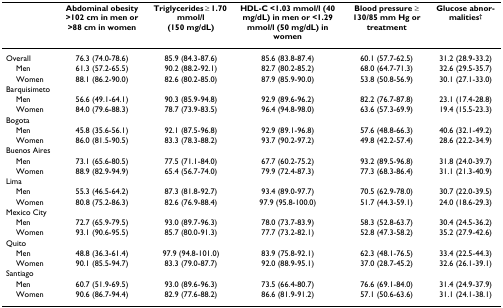
<table><thead><tr><td></td><td><b>Abdominal obesity &gt;102 cm in men or &gt;88 cm in women</b></td><td><b>Triglycerides ≥ 1.70 mmol/l (150 mg/dL)</b></td><td><b>HDL-C &lt;1.03 mmol/l (40 mg/dL) in men or &lt;1.29 mmol/l (50 mg/dL) in women</b></td><td><b>Blood pressure ≥ 130/85 mm Hg or treatment</b></td><td><b>Glucose abnormalities<sup>†</sup></b></td></tr></thead><tbody><tr><td>Overall</td><td>76.3 (74.0-78.6)</td><td>85.9 (84.3-87.6)</td><td>85.6 (83.8-87.4)</td><td>60.1 (57.7-62.5)</td><td>31.2 (28.9-33.2)</td></tr><tr><td> Men</td><td>61.3 (57.2-65.5)</td><td>90.2 (88.2-92.1)</td><td>82.7 (80.2-85.2)</td><td>68.0 (64.7-71.3)</td><td>32.6 (29.5-35.7)</td></tr><tr><td> Women</td><td>88.1 (86.2-90.0)</td><td>82.6 (80.2-85.0)</td><td>87.9 (85.9-90.0)</td><td>53.8 (50.8-56.9)</td><td>30.1 (27.1-33.0)</td></tr><tr><td>Barquisimeto</td><td></td><td></td><td></td><td></td><td></td></tr><tr><td> Men</td><td>56.6 (49.1-64.1)</td><td>90.3 (85.9-94.8)</td><td>92.9 (89.6-96.2)</td><td>82.2 (76.7-87.8)</td><td>23.1 (17.4-28.8)</td></tr><tr><td> Women</td><td>84.0 (79.6-88.3)</td><td>78.7 (73.9-83.5)</td><td>96.4 (94.8-98.0)</td><td>63.6 (57.3-69.9)</td><td>19.4 (15.5-23.3)</td></tr><tr><td>Bogota</td><td></td><td></td><td></td><td></td><td></td></tr><tr><td> Men</td><td>45.8 (35.6-56.1)</td><td>92.1 (87.5-96.8)</td><td>92.9 (89.1-96.8)</td><td>57.6 (48.8-66.3)</td><td>40.6 (32.1-49.2)</td></tr><tr><td> Women</td><td>86.0 (81.5-90.5)</td><td>83.3 (78.3-88.2)</td><td>93.7 (90.2-97.2)</td><td>49.8 (42.2-57.4)</td><td>28.6 (22.2-34.9)</td></tr><tr><td>Buenos Aires</td><td></td><td></td><td></td><td></td><td></td></tr><tr><td> Men</td><td>73.1 (65.6-80.5)</td><td>77.5 (71.1-84.0)</td><td>67.7 (60.2-75.2)</td><td>93.2 (89.5-96.8)</td><td>31.8 (24.0-39.7)</td></tr><tr><td> Women</td><td>88.9 (82.9-94.9)</td><td>65.4 (56.7-74.0)</td><td>79.9 (72.4-87.3)</td><td>77.3 (68.3-86.4)</td><td>31.1 (21.3-40.9)</td></tr><tr><td>Lima</td><td></td><td></td><td></td><td></td><td></td></tr><tr><td> Men</td><td>55.3 (46.5-64.2)</td><td>87.3 (81.8-92.7)</td><td>93.4 (89.0-97.7)</td><td>70.5 (62.9-78.0)</td><td>30.7 (22.0-39.5)</td></tr><tr><td> Women</td><td>80.8 (75.2-86.3)</td><td>82.6 (76.9-88.4)</td><td>97.9 (95.8-100.0)</td><td>51.7 (44.3-59.1)</td><td>24.0 (18.6-29.3)</td></tr><tr><td>Mexico City</td><td></td><td></td><td></td><td></td><td></td></tr><tr><td> Men</td><td>72.7 (65.9-79.5)</td><td>93.0 (89.7-96.3)</td><td>78.0 (73.7-83.9)</td><td>58.3 (52.8-63.7)</td><td>30.4 (24.5-36.2)</td></tr><tr><td> Women</td><td>93.1 (90.6-95.5)</td><td>85.7 (80.0-91.3)</td><td>77.7 (73.2-82.1)</td><td>52.8 (47.3-58.2)</td><td>35.2 (27.9-42.6)</td></tr><tr><td>Quito</td><td></td><td></td><td></td><td></td><td></td></tr><tr><td> Men</td><td>48.8 (36.3-61.4)</td><td>97.9 (94.8-101.0)</td><td>83.9 (75.8-92.1)</td><td>62.3 (48.1-76.5)</td><td>33.4 (22.5-44.3)</td></tr><tr><td> Women</td><td>90.1 (85.5-94.7)</td><td>83.3 (79.0-87.7)</td><td>92.0 (88.9-95.1)</td><td>37.0 (28.7-45.2)</td><td>32.6 (26.1-39.1)</td></tr><tr><td>Santiago</td><td></td><td></td><td></td><td></td><td></td></tr><tr><td> Men</td><td>60.7 (51.9-69.5)</td><td>93.0 (89.6-96.3)</td><td>73.5 (66.4-80.7)</td><td>76.6 (69.1-84.0)</td><td>31.4 (24.9-37.9)</td></tr><tr><td> Women</td><td>90.6 (86.7-94.4)</td><td>82.9 (77.6-88.2)</td><td>86.6 (81.9-91.2)</td><td>57.1 (50.6-63.6)</td><td>31.1 (24.1-38.1)</td></tr></tbody></table>